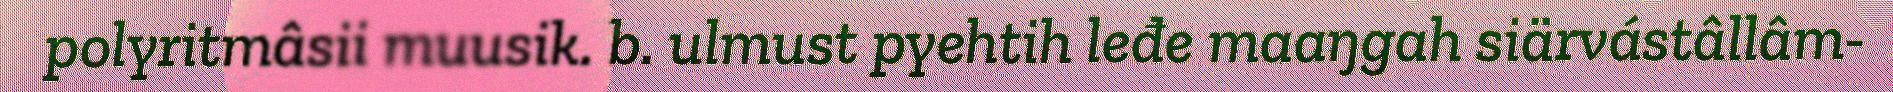
polyritmâsii muusik. b. ulmust pyehtih leđe maaŋgah siärvástâllâm-